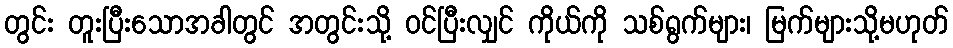
တွင်း တူးပြီးသောအခါတွင် အတွင်းသို့ ဝင်ပြီးလျှင် ကိုယ်ကို သစ်ရွက်များ၊ မြက်များသို့မဟုတ်